Annual report of lunatic asylums [Bombay] - 1912-1922
Year: 1912
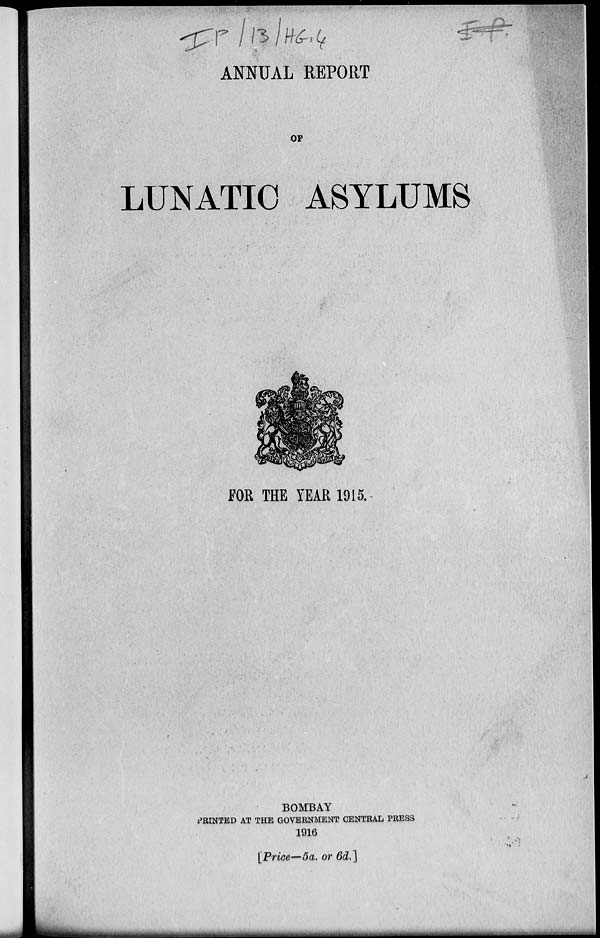
ANNUAL REPORT
OF
LUNATIC ASYLUMS
FOR THE YEAR 1915.
BOMBAY
PRINTED AT THE GOVERNMENT CENTRAL PRESS
1916
[Price—5a. or 6d.]